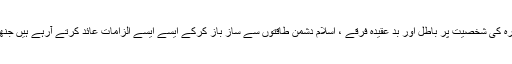
مجدداسلام امام احمدرضا بریلوی قدس سرہٗ کی شخصیت پر باطل اور بد عقیدہ فرقے ، اسلام دشمن طاقتوں سے ساز باز کرکے ایسے ایسے الزامات عائد کرتے آرہے ہیں جنھیں سُن کر تعجب بھی متعجب ہوتا ہوگا ۔